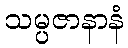
သမ္ပဇာနာနံ